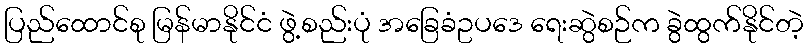
ပြည်ထောင်စု မြန်မာနိုင်ငံ ဖွဲ့စည်းပုံ အခြေခံဥပဒေ ရေးဆွဲစဉ်က ခွဲထွက်နိုင်တဲ့